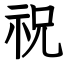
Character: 祝